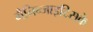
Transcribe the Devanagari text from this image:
मैनिन्जाइटिसके